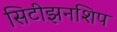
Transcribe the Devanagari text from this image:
सिटीझनशिप